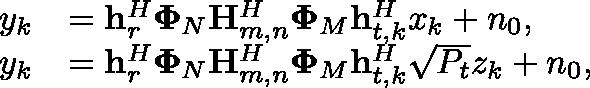
\begin{array} { r l } { y _ { k } } & { = \mathbf { h } _ { r } ^ { H } \mathbf { \Phi } _ { N } \mathbf { H } _ { m , n } ^ { H } \mathbf { \Phi } _ { M } \mathbf { h } _ { t , k } ^ { H } x _ { k } + n _ { 0 } , } \\ { y _ { k } } & { = \mathbf { h } _ { r } ^ { H } \mathbf { \Phi } _ { N } \mathbf { H } _ { m , n } ^ { H } \mathbf { \Phi } _ { M } \mathbf { h } _ { t , k } ^ { H } \sqrt { P _ { t } } z _ { k } + n _ { 0 } , } \end{array}